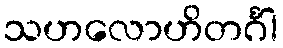
သဟလောဟိတင်္ဂါ